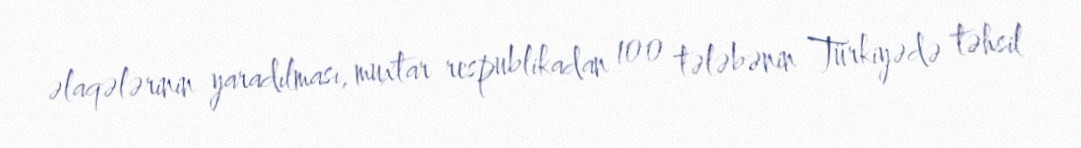
əlaqələrinin yaradılması, muxtar respublikadan 100 tələbənin Türkiyədə təhsil